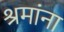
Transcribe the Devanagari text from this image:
श्रमांना